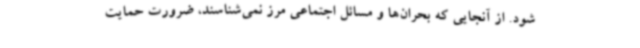
شود. از آنجایی که بحران‌ها و مسائل اجتماعی مرز نمی‌شناسند، ضرورت حمایت